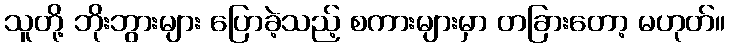
သူတို့ ဘိုးဘွားများ ပြောခဲ့သည့် စကားများမှာ တခြားတော့ မဟုတ်။